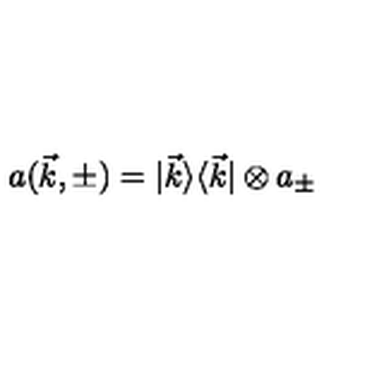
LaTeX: a ( \vec { k } , \pm ) = | \vec { k } \rangle \langle \vec { k } | \otimes a _ { \pm }